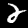
Digit: 2